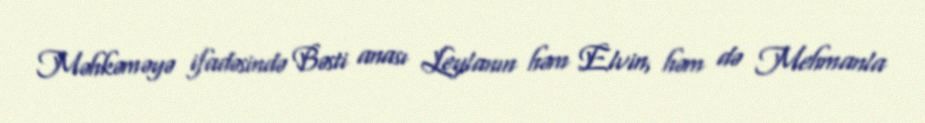
Məhkəməyə ifadəsində Bəsti anası Leylanın həm Elvin, həm də Mehmanla